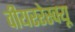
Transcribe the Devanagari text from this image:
वीयररेस्क्यू